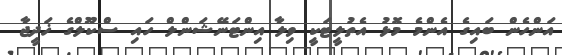
އަންހެން ބައިގެ އެންމެ މޮޅު އެތުލީޓަކީ ވިލާ އިންޓަނޭޝަންލް ހައި ސްކޫލްގެ ޚަދީޖާ